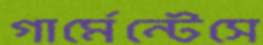
গার্মেন্টেসে